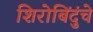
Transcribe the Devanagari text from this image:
शिरोबिंदुंचे